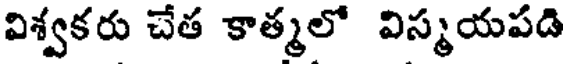
విశ్వకరు చేత కాత్మలో విస్మయపడి